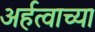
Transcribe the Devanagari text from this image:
अर्हत्वाच्या